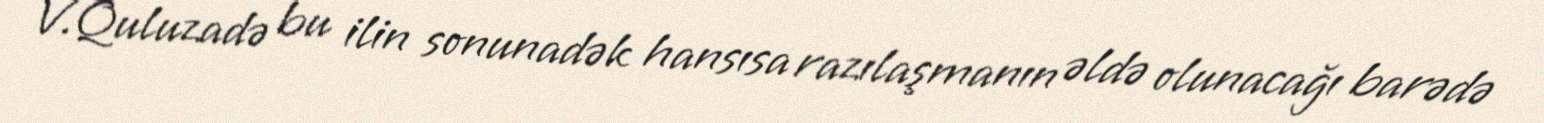
V.Quluzadə bu ilin sonunadək hansısa razılaşmanın əldə olunacağı barədə